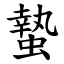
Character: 蟄